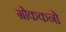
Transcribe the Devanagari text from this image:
ग्रोककनो